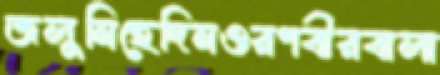
জলুনিহেদিনওরণবীরবালা